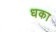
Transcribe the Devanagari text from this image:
धका